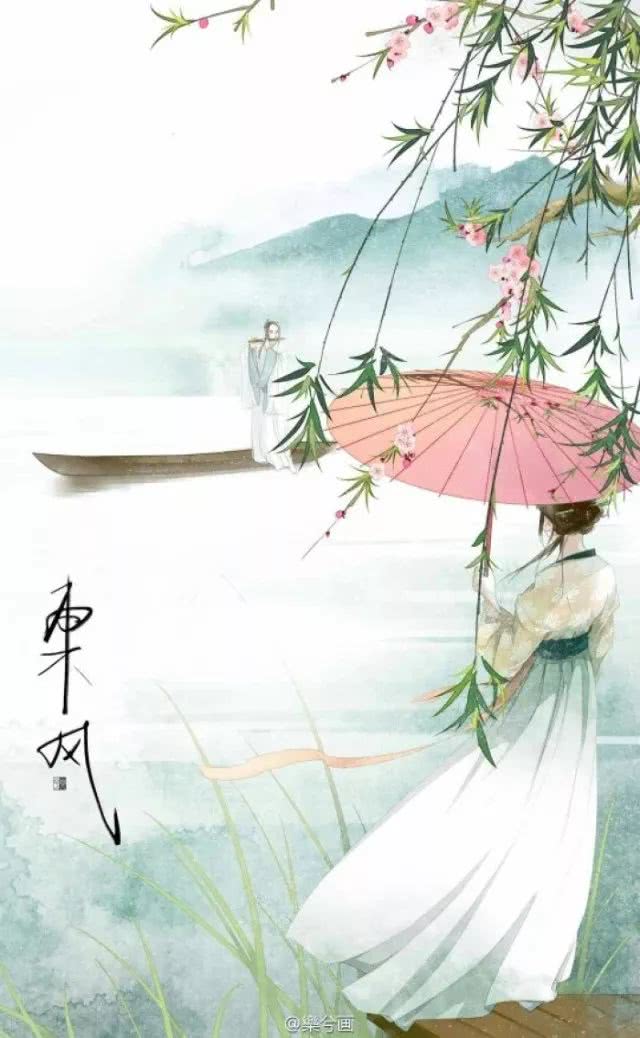
清江一曲柳千条，二十年前旧板桥。